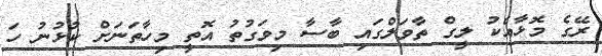
ރޭގެ މޮޅާއެކު ލީގް ތާވަލްގައި ބާސާ މިވަގުތު އޮތީ މިހާތަނަށް ކުޅުނު ހަ